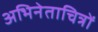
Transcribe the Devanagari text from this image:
अभिनेताचित्रों